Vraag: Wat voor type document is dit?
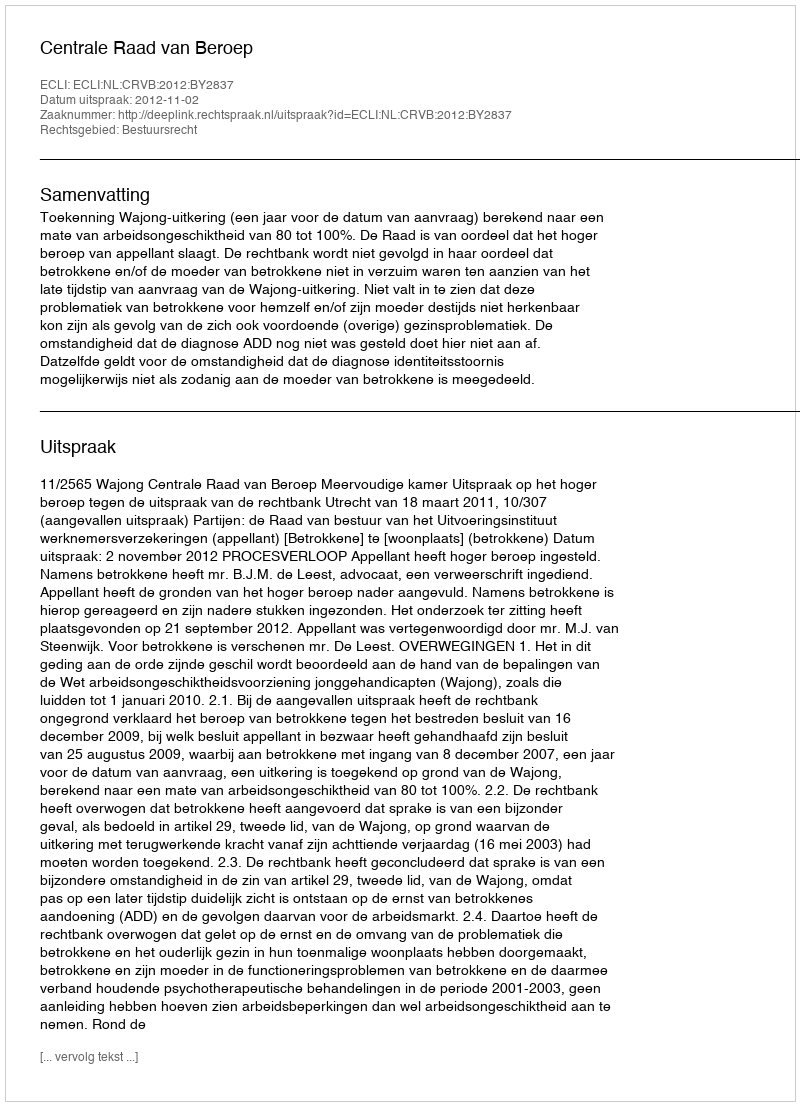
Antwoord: Uitspraak